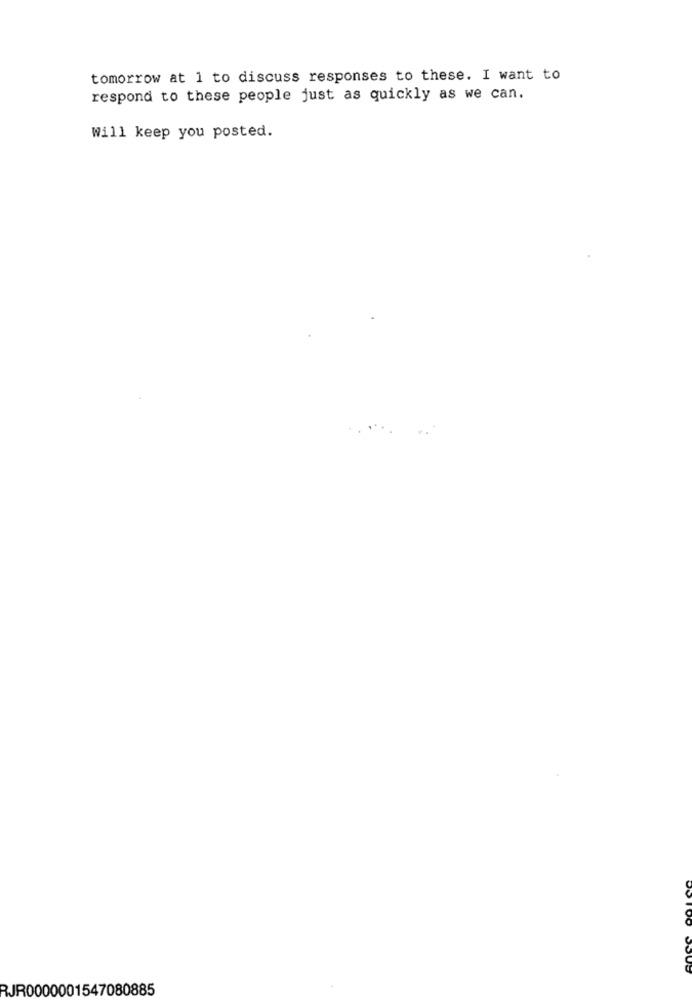
tomorrow at 1 to discuss responses to these. I want to
respond to these people just as quickly as we can.
Will keep you posted.
RJR0000001547080885